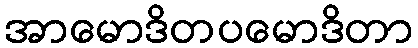
အာမောဒိတပမောဒိတာ